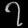
Digit: ၇